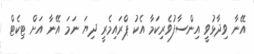
އޭނާ ވިދާޅުވީ އިންސާފުވެރިކަމާ އެކު ޕްރައިމެރީ ދިޔަ ނަމަ އޭނާ އަށް ޓިކެޓް